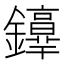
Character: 𨯢